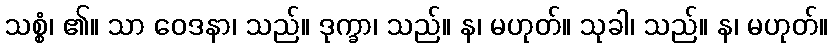
သစ္စံ၊ ၏။ သာ ဝေဒနာ၊ သည်။ ဒုက္ခာ၊ သည်။ န၊ မဟုတ်။ သုခါ၊ သည်။ န၊ မဟုတ်။